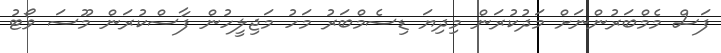
ފަސް މެމްބަރުންނަށް މަދުކުރަން މިދިޔަ ޑިސެމްބަރު މަހު މަޖިލީހުން ފާސްކުރަން މޫސަ ވޯޓު